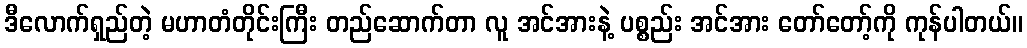
ဒီလောက်ရှည်တဲ့ မဟာတံတိုင်းကြီး တည်ဆောက်တာ လူ အင်အားနဲ့ ပစ္စည်း အင်အား တော်တော့်ကို ကုန်ပါတယ်။